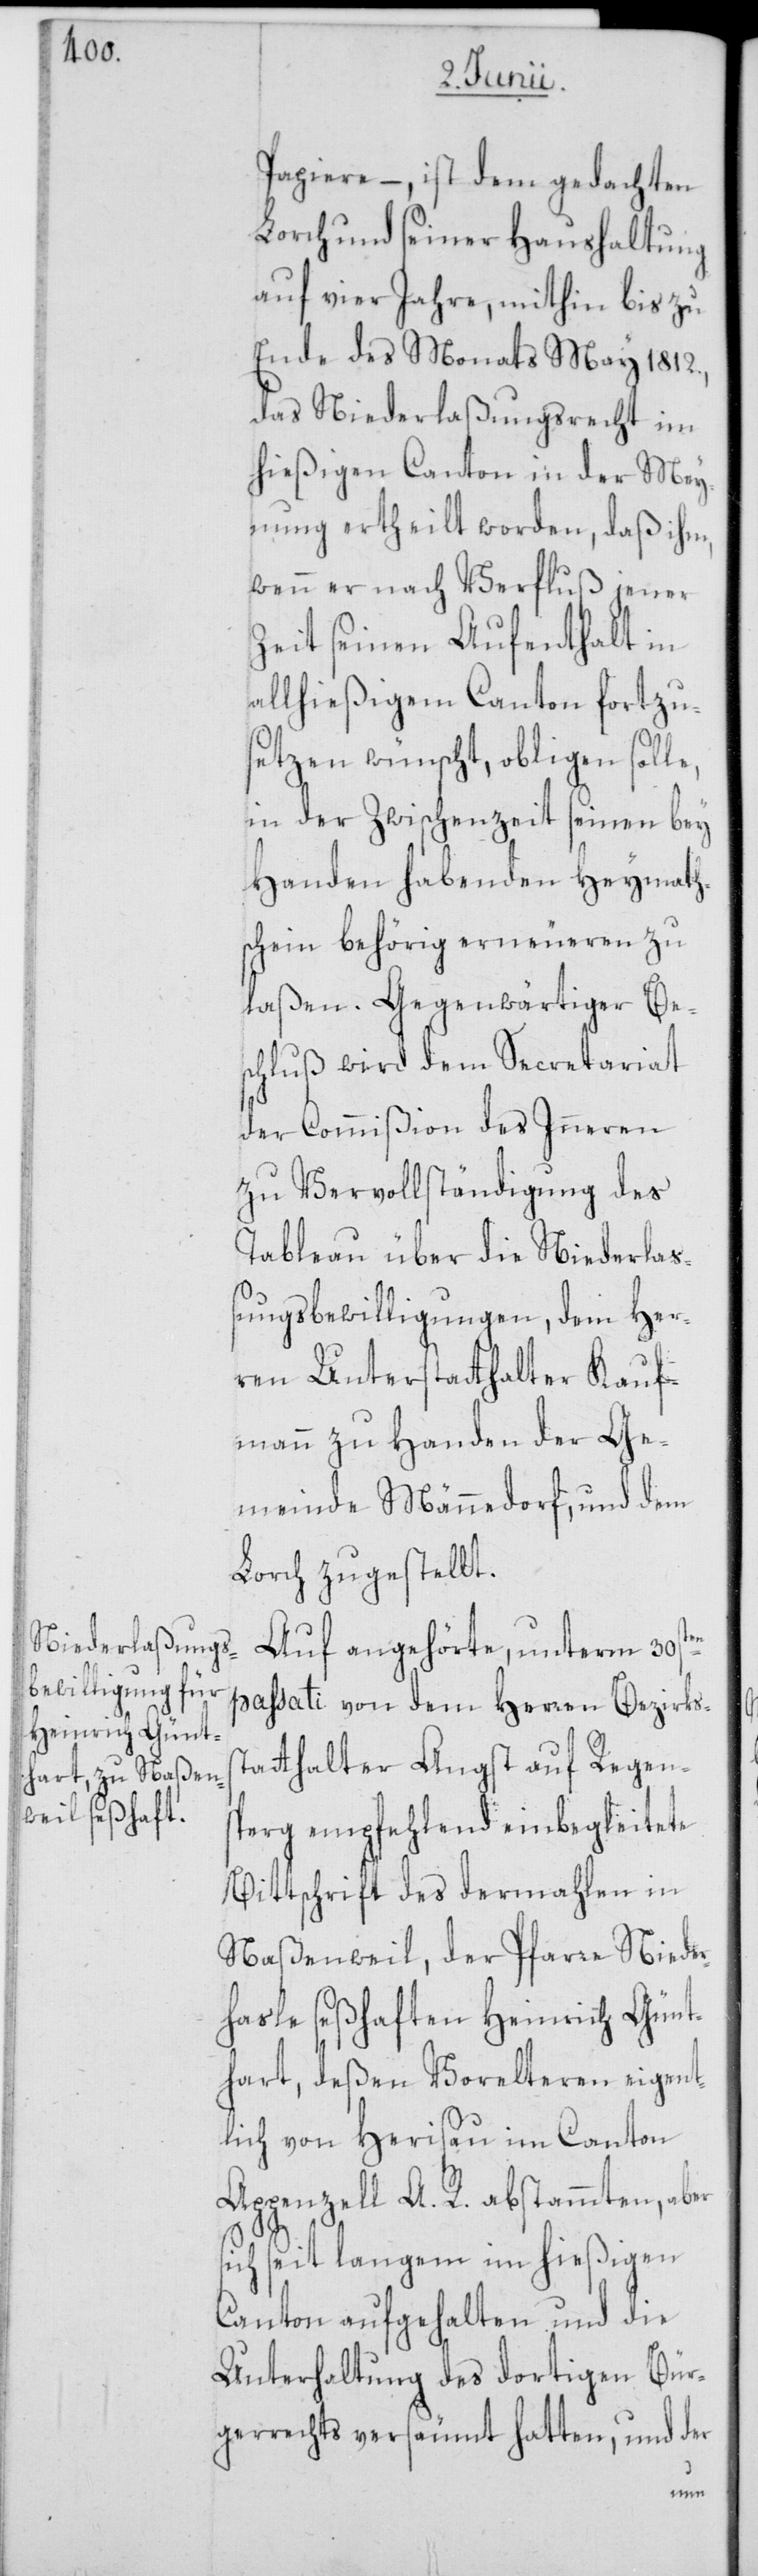
Papiere –, ist dem gedachten
Lorch und seiner Haushaltung
auf vier Jahre, mithin bis zu
Ende des Monats May 1812.,
das Niederlaßungsrecht im
hießigen Canton in der Mey¬
nung ertheilt worden, daß ihm,
wenn er nach Verfluß jener
Zeit seinen Aufenthalt in
allhießigem Canton fortzu¬
setzen wünscht, obligen solle,
in der Zwischenzeit seinen bey
Handen habenden Heymath¬
schein behörig erneueren zu
laßen. Gegenwärtiger Be¬
schluß wird dem Secretariat
der Commißion des Inneren
zu Vervollständigung des
Tableau über die Niederlaß¬
ungsbewilligungen, dem Her¬
ren Unterstatthalter Kauf¬
mann zu Handen der Ge¬
meinde Männedorf, und dem
Lorch zugestellt.
Auf angehörte, unterm 30sten
passati von dem Herren Bezirkss¬
tatthalter Angst auf Regens¬
perg empfehlend einbegleitete
Bittschrift des dermahlen in
Naßenweil, der Pfarre Nieder¬
hasle seßhaften Heinrich Günt¬
hart, deßen Vorelteren eigent¬
lich von Herisau im Canton
Appenzell A. R. abstammten, aber
sich seit langem im hießigen
Canton aufgehalten und die
Unterhaltung des dortigen Bür¬
gerrechts versäumt hatten, und der